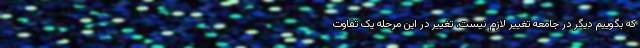
که بگوییم دیگر در جامعه تغییر لازم نیست، تغییر در این مرحله یک تفاوت